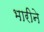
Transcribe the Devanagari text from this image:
भारीने